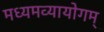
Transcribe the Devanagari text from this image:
मध्यमव्यायोगम्